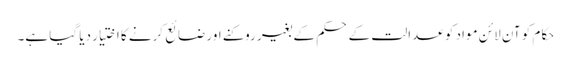
حکام کو آن لائن مواد کو عدالت کے حکم کے بغیر روکنے اور ضائع کرنے کا اختیار دیا گیا ہے۔